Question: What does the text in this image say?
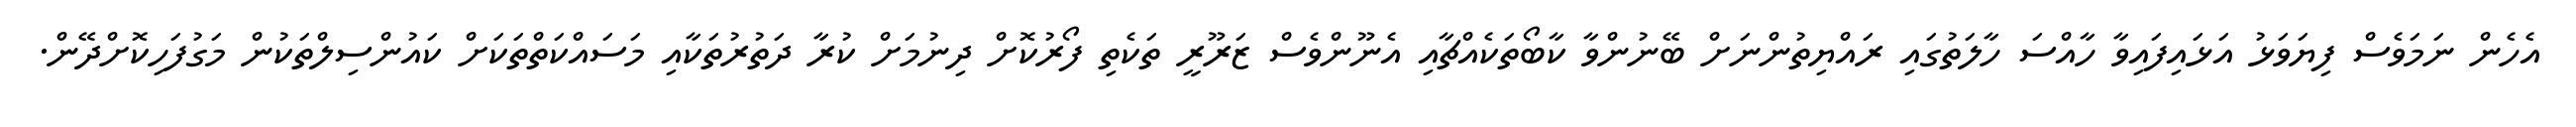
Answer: އެހެން ނަމަވެސް ފިޔަވަޅު އަޅައިފައިވާ ހާއްސަ ހާލަތުގައި ރައްޔިތުންނަށް ބޭނުންވާ ކާބޯތަކެއްޗާއި އެނޫންވެސް ޒަރޫރީ ތަކެތި ފޯރުކޮށް ދިނުމަށް ކުރާ ދަތުރުތަކާއި މަސައްކަތްތަކަށް ކައުންސިލްތަކުން މަގުފަހިކޮށްދޭން.